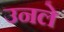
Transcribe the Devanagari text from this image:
उनले